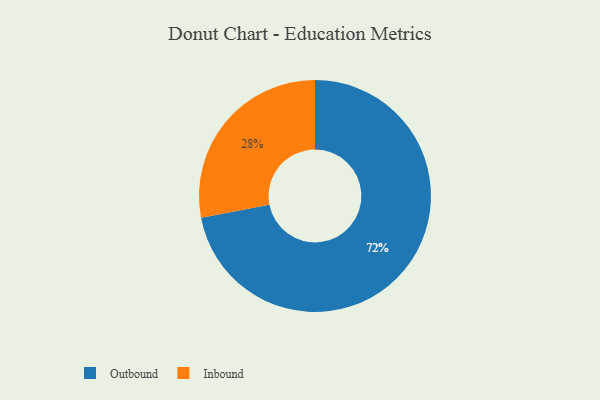
{"axis": {"x": "Category", "y": "Percentage"}, "legend": ["Inbound", "Outbound"], "data": [{"x": "Inbound", "y": 28, "type": "Inbound"}, {"x": "Outbound", "y": 72, "type": "Outbound"}]}